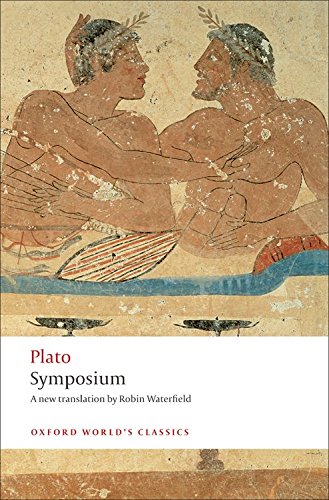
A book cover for Symposium (Oxford World's Classics); Plato; Biographies & Memoirs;